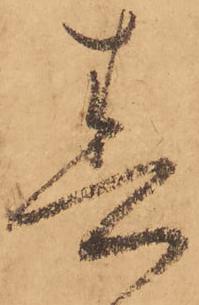
春